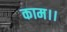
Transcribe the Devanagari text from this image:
काम।।